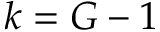
k = G - 1